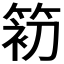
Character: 𰪃